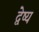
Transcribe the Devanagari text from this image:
द्वेष्य